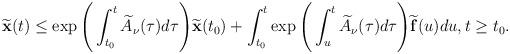
LaTeX: \begin{align*}\widetilde{\mathbf{x}}(t)\leq \exp\Bigg(\int_{t_0}^t\widetilde{A}_\nu(\tau)d\tau\Bigg)\widetilde{\mathbf{x}}(t_0)+\int_{t_0}^t\exp\Bigg(\int_u^t\widetilde{A}_\nu(\tau)d\tau\Bigg)\widetilde{\mathbf{f}}(u)du,t\geq t_0.\end{align*}